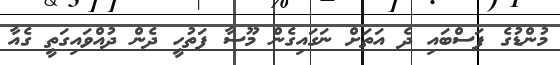
މުންޑުގެ ފަސްބައި ދެ އަތަށް ނަގައިގެން މޫސާ ފަތުހީ ދެން ދުއްވައިގަތީ ގެއާ